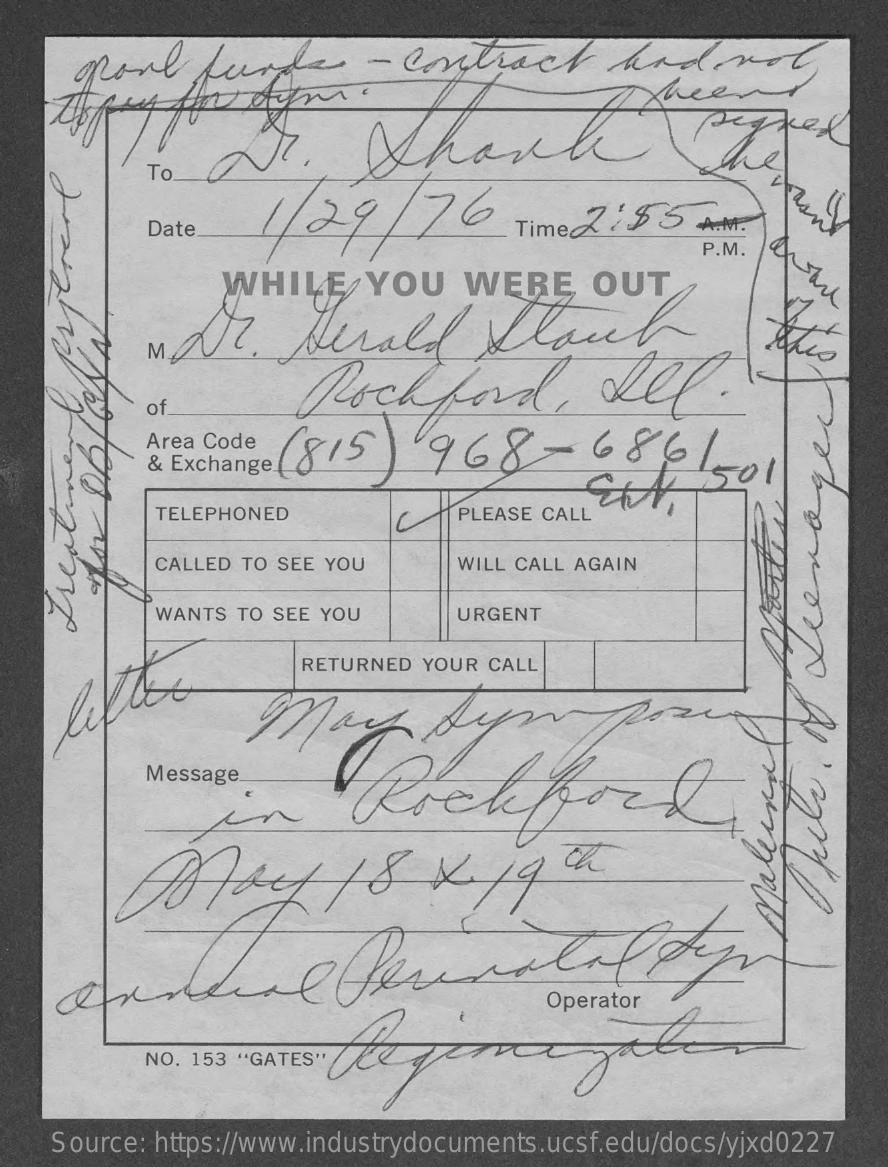
sport    funds    -  contract    and    not,
     theen
     7r.    Shaul    peaked
     To.
     1/29/76
     Date    Time 2:85    A.M.
     P.M.
     WHILE    YOU    WERE    OUT
     Dr.    Gerald    Stock
     Rochford,    del    .
     of
     Area Code
     & Exchange e (815   968-6861
     GTA    501
     TELEPHONED    PLEASE CALL
     CALLED TO SEE YOU    WILL CALL AGAIN
     WANTS TO SEE YOU    URGENT
   Treat
     RETURNED YOUR CALL
     may    Symp
     Message.
     Rockfort
     un
     Thele.
     of
     Teenage
     malenal
     NO. 153 "GATES"
    Source: https://www.industrydocuments.ucsf.edu/docs/yjxd0227